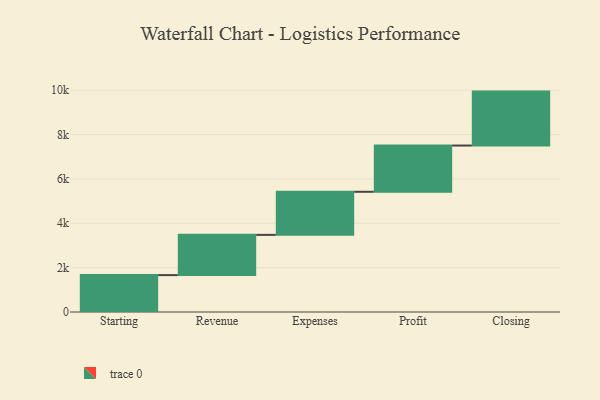
{"axis": {"x": "Step", "y": "Value"}, "legend": [""], "data": [{"x": "Starting", "y": 1663.0, "type": ""}, {"x": "Revenue", "y": 1815.0, "type": ""}, {"x": "Expenses", "y": 1943.0, "type": ""}, {"x": "Profit", "y": 2085.0, "type": ""}, {"x": "Closing", "y": 2432.0, "type": ""}]}